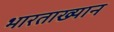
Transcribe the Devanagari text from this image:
भारताख्यान